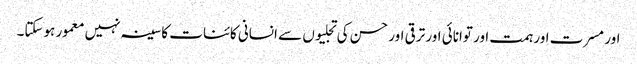
اور مسرت اور ہمت اور توانائی اور ترقی اور حسن کی تجلیوں سے انسانی کائنات کا سینہ نہیں معمور ہوسکتا۔